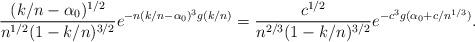
LaTeX: \begin{align*}\frac{(k/n - \alpha_0)^{1/2}}{n^{1/2}(1-k/n)^{3/2}} e^{-n(k/n-\alpha_0)^3 g(k/n)} = \frac{c^{1/2}}{n^{2/3}(1-k/n)^{3/2}} e^{-c^3 g(\alpha_0+c/n^{1/3})}. \end{align*}